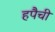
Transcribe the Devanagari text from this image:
हपैची